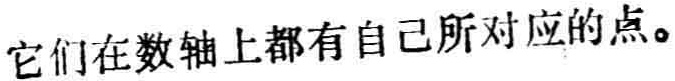
它们在数轴上都有自己所对应的点。